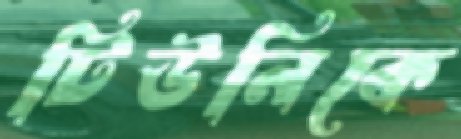
টিউনিকে